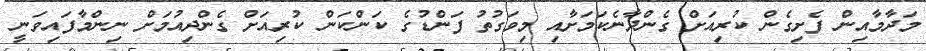
މަދާމާއިން ފެށިގެން ކުރިއަށް ގެންދާނެކަމަށާއި މިވަގުތު ފަންޑުގެ ކަންކަން ކުރިއަށް ގެންދިއުމަށް ނިންމާފައިވަނީ